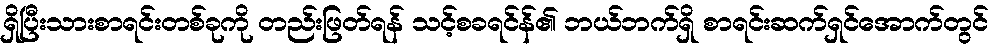
ရှိပြီးသားစာရင်းတစ်ခုကို တည်းဖြတ်ရန် သင့်စခရင်န်၏ ဘယ်ဘက်ရှိ စာရင်းဆက်ရှင်အောက်တွင်